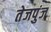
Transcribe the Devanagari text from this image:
तेजपुंज